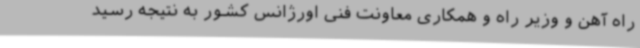
راه آهن و وزیر راه و همکاری معاونت فنی اورژانس کشور به نتیجه رسید